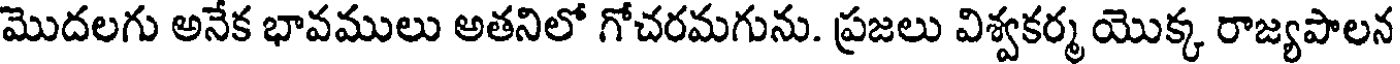
మొదలగు అనేక భావములు అతనిలో గోచరమగును. ప్రజలు విశ్వకర్మ యొక్క రాజ్యపాలన